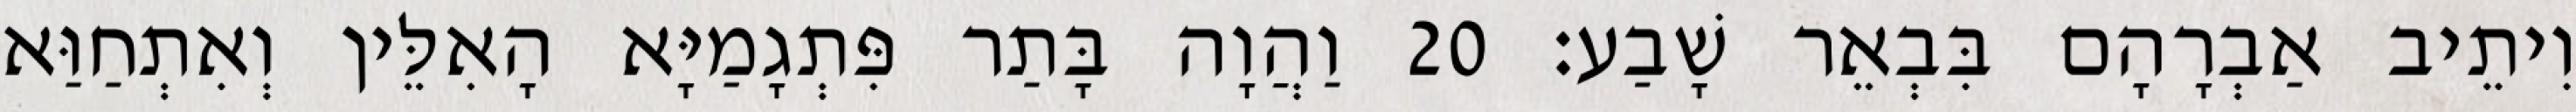
וִיתֵיב אַבְרָהָם בִּבְאֵר שָׁבַע׃ 20 וַהֲוָה בָּתַר פִּתְגָמַיָּא הָאִלֵּין וְאִתְחַוַּא